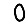
Digit: 0